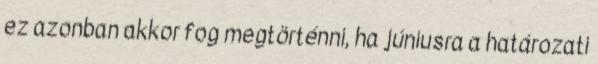
ez azonban akkor fog megtörténni, ha júniusra a határozati